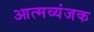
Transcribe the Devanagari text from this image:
आत्मव्यंजक